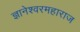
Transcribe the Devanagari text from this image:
ज्ञानेश्वरमहाराज